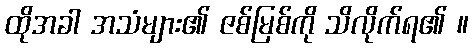
ထိုအခါ အသံများ၏ ဇစ်မြစ်ကို သိလိုက်ရ၏ ။